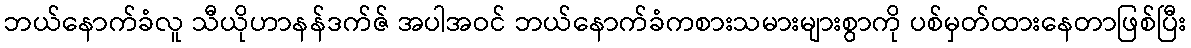
ဘယ်နောက်ခံလူ သီယိုဟာနန်ဒက်ဇ် အပါအဝင် ဘယ်နောက်ခံကစားသမားများစွာကို ပစ်မှတ်ထားနေတာဖြစ်ပြီး